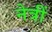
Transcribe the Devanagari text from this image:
नेत्रीं